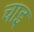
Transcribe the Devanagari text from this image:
चाइ